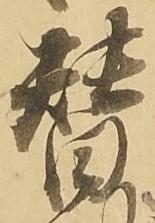
替